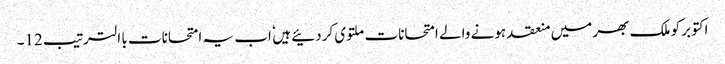
اکتوبر کو ملک بھر میں منعقد ہونے والے امتحانات ملتوی کردئیے ہیں ٗ اب یہ امتحانات با الترتیب 12۔